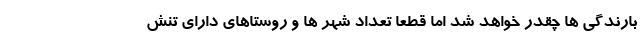
بارندگی ها چقدر خواهد شد اما قطعا تعداد شهر ها و روستاهای دارای تنش